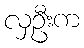
လှဦးက